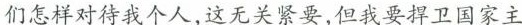
们怎样对待我个人，这无关紧要，但我要捍卫国家主